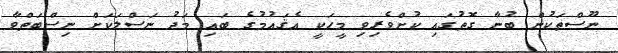
ނޫސްތަކުން ބުނާ ގޮތުގައި ކުށްވެރިވި މީހަކީ އެޤައުމުގެ ބައި މަދު ނަސްލަކަށް ނިސްބަތްވާ